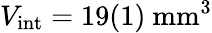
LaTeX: V_{\mathrm{int}}=19(1)~\mathrm{mm^{3}}